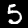
Label: 5